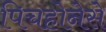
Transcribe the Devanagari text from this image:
पिचहोनेसे